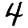
Digit: 4